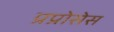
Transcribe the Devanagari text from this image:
प्रप्रोसेस